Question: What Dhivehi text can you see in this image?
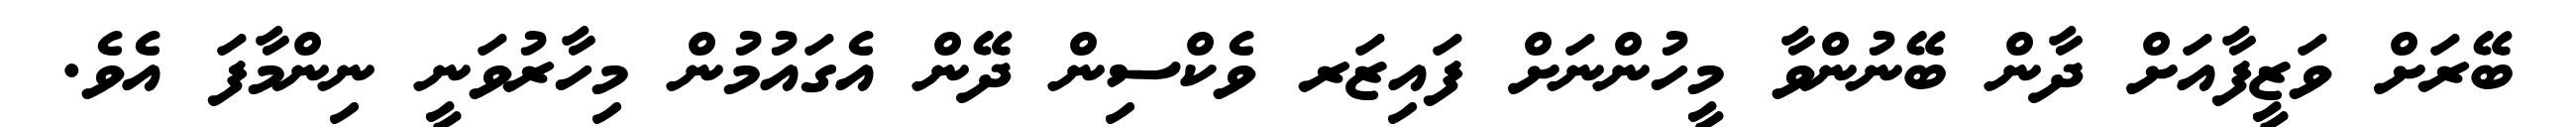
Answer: ބޭރަށް ވަޒީފާއަށް ދާން ބޭނުންވާ މީހުންނަށް ފައިޒަރ ވެކްސިން ދޭން އެގައުމުން މިހާރުވަނީ ނިންމާފަ އެވެ.